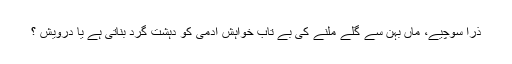
ذرا سوچیے، ماں بہن سے گلے ملنے کی بے تاب خواہش آدمی کو دہشت گرد بناتی ہے یا درویش ؟